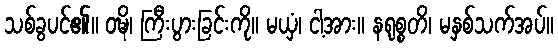
သစ်ခွပင်၏။ ဝဍ္ဎိ၊ ကြီးပွားခြင်းကို။ မယှံ၊ ငါ့အား။ နရုစ္စတိ၊ မနှစ်သက်အပ်။